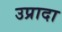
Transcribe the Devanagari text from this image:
उप्रादा